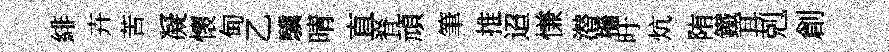
緋卉苦凝懷甸乙驥晴直脊頑筆推迢慊潜檣旴炕陏鐵耳剋創